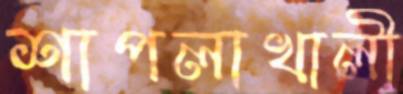
শাপলাখালী